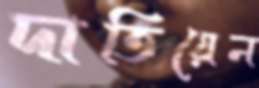
দাতিয়েন